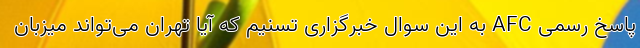
پاسخ رسمی AFC به این سوال خبرگزاری تسنیم که آیا تهران می‌تواند میزبان